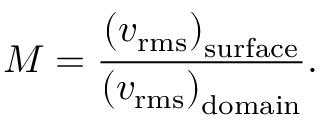
M = \frac { \left( v _ { \mathrm { r m s } } \right) _ { \mathrm { s u r f a c e } } } { \left( v _ { \mathrm { r m s } } \right) _ { \mathrm { d o m a i n } } } .